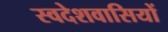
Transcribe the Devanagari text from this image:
स्वदेशवासियों